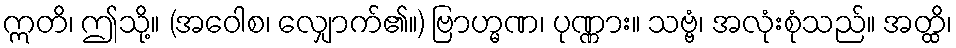
ဣတိ၊ ဤသို့။ (အဝေါစ၊ လျှောက်၏။) ဗြာဟ္မဏ၊ ပုဏ္ဏား။ သဗ္ဗံ၊ အလုံးစုံသည်။ အတ္ထိ၊